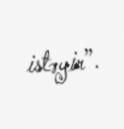
istəyir”.